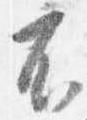
不